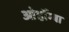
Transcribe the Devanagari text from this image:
ओर्होग्बा